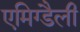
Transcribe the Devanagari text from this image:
एमिग्डैली